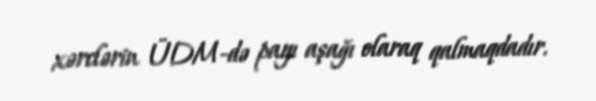
xərclərin ÜDM-də payı aşağı olaraq qalmaqdadır.